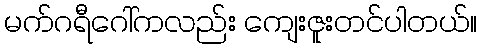
မက်ဂရီဂေါ်ကလည်း ကျေးဇူးတင်ပါတယ်။